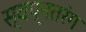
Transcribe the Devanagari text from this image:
स्वप्नतरंग